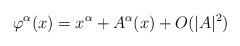
LaTeX: \begin{align*}\varphi^\alpha(x)=x^\alpha + A^\alpha(x)+O(|A|^2)\end{align*}